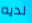
لديه